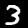
Label: 3